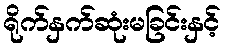
ရိုက်နှက်ဆုံးမခြင်းနှင့်